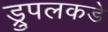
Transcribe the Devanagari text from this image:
ड्रुपलकडे